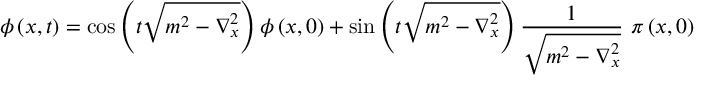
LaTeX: \phi \left( x , t \right) = \cos \left( t \sqrt { m ^ { 2 } - \nabla _ { x } ^ { 2 } } \right) \phi \left( x , 0 \right) + \sin \left( t \sqrt { m ^ { 2 } - \nabla _ { x } ^ { 2 } } \right) \frac { 1 } { \sqrt { m ^ { 2 } - \nabla _ { x } ^ { 2 } } } ~ \pi \left( x , 0 \right)